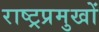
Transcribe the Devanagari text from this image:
राष्ट्रप्रमुखों